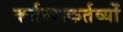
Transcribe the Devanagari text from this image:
कर्तव्याकर्तव्यों